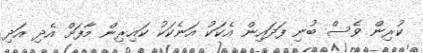
ކުރިން ވެސް ބުނި ފަދައިން އެކަކު އަނެކަކު ކައިރިން މާފަށް އެދި އަދި